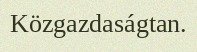
Közgazdaságtan.